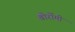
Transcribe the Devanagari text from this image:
बोर्रोमी